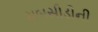
સબસીડીની